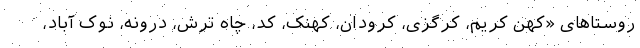
روستاهای «کهن کریم، کرگزی، کرودان، کهنک، کد، چاه ترش، درونه، نوک آباد،